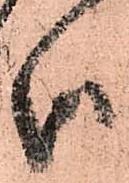
御